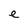
Character: e